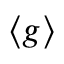
\langle { g } \rangle { }